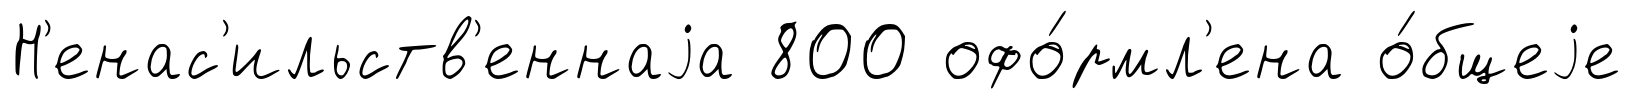
Н'енас'ильств'еннаjа 800 офо́рмл'ена о́бщеjе